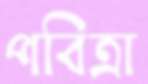
পবিত্রা